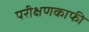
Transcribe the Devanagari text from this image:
परीक्षणकाफी